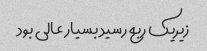
زیریک ربع رسید بسیار عالی بود